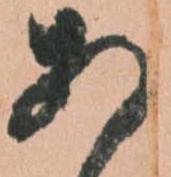
あ